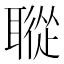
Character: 𦗜